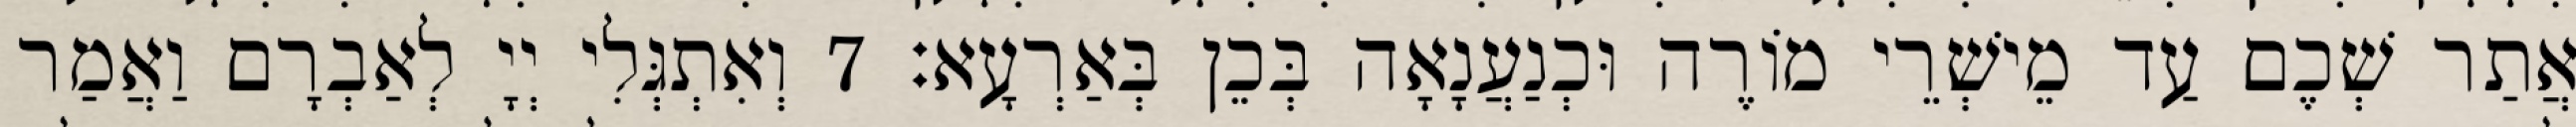
אֲתַר שְׁכֶם עַד מֵישְׁרֵי מוֹרֶה וּכְנַעֲנָאָה בְּכֵן בְּאַרְעָא׃ 7 וְאִתְגְּלִי יְיָ לְאַבְרָם וַאֲמַר